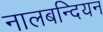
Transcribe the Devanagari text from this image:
नालबन्दियन